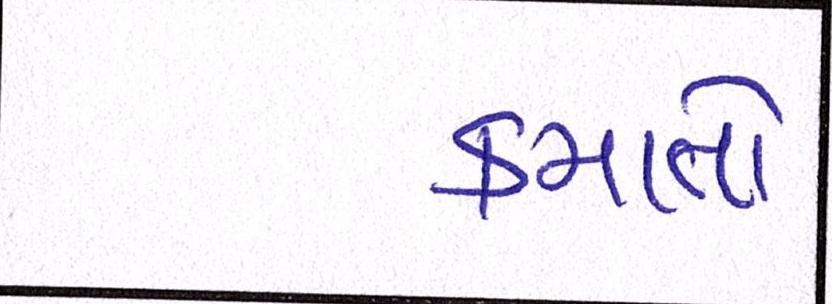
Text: કમાતો